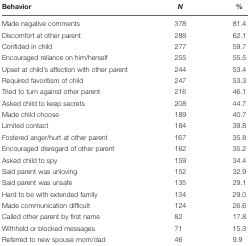
| Behavior | N | % |
 | --- | --- | --- |
 | Made negative comments | 378 | 81.4 |
 | Discomfort at other parent | 288 | 62.1 |
 | Confided in child | 277 | 59.7 |
 | Encouraged reliance on him/herself | 255 | 55.5 |
 | Upset at child’s affection with other parent | 244 | 53.4 |
 | Required favoritism of child | 247 | 53.3 |
 | Tried to turn against other parent | 216 | 46.1 |
 | Asked child to keep secrets | 208 | 44.7 |
 | Made child choose | 189 | 40.7 |
 | Limited contact | 184 | 39.8 |
 | Fostered anger/hurt at other parent | 167 | 35.8 |
 | Encouraged disregard of other parent | 162 | 35.2 |
 | Asked child to spy | 159 | 34.4 |
 | Said parent was unloving | 152 | 32.9 |
 | Said parent was unsafe | 135 | 29.1 |
 | Hard to be with extended family | 134 | 29.0 |
 | Made communication difficult | 124 | 26.6 |
 | Called other parent by first name | 82 | 17.8 |
 | Withheld or blocked messages | 71 | 15.3 |
 | Referred to new spouse mom/dad | 46 | 9.9 |